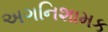
અગનિશામક